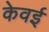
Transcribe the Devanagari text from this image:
केवई